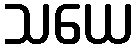
သယေ